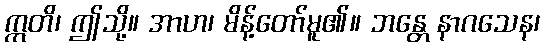
ဣတိ၊ ဤသို့။ အာဟ၊ မိန့်တော်မူ၏။ ဘန္တေ နာဂသေန၊